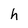
Character: h